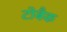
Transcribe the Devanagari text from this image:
टोबैक